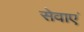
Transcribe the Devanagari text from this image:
सेवाएॅं